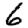
Digit: 6